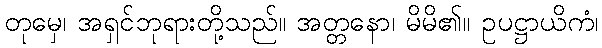
တုမှေ၊ အရှင်ဘုရားတို့သည်။ အတ္တနော၊ မိမိ၏။ ဥပဋ္ဌာယိကံ၊